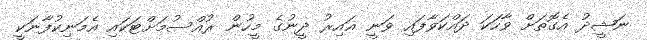
ނަޝީދު އެގޮތަށް ވާހަކަ ދައްކަވާފައި ވަނީ ޣައިރު ދީނުގެ މީހުން ރުއްސުމަށްޓަކައި އެމަނިކުފާނަކީ